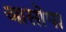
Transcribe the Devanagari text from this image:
आसोपा